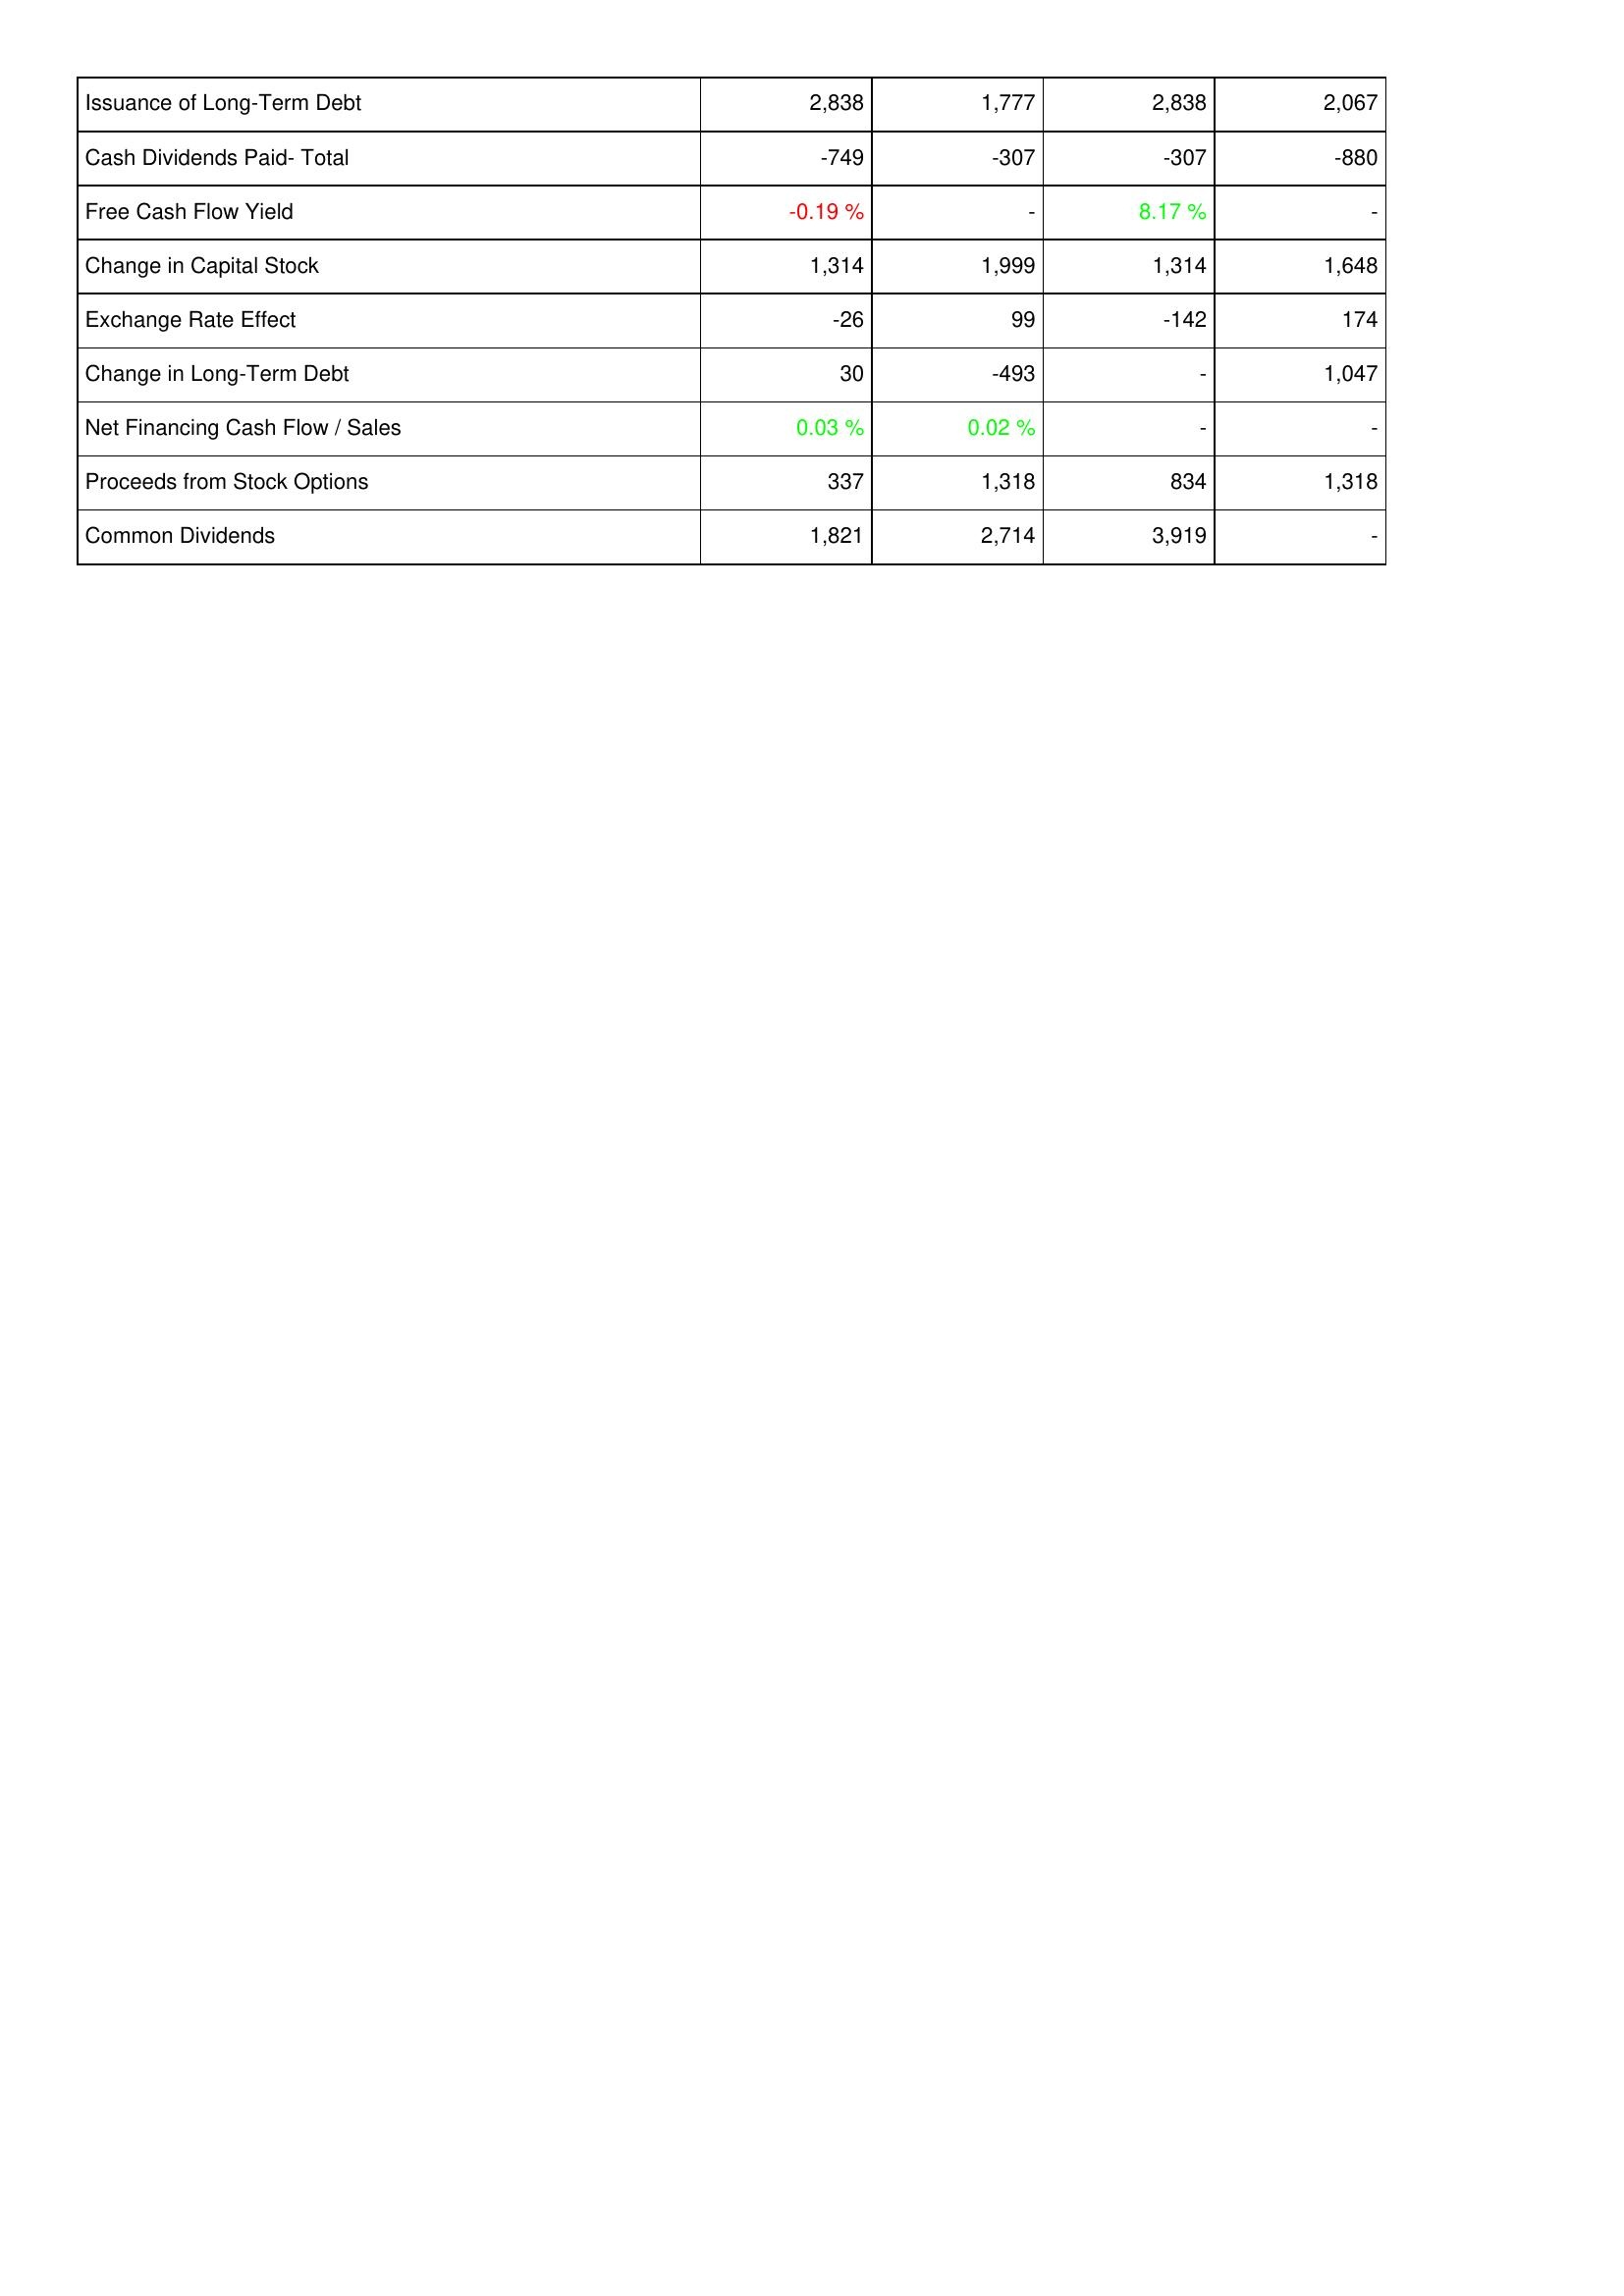
2006: Financing Activities: Issuance of Long-Term Debt: 2,838
Cash Dividends Paid- Total: -749
Free Cash Flow Yield: -0.19 %
Change in Capital Stock: 1,314
Exchange Rate Effect: -26
Change in Long-Term Debt: 30
Net Financing Cash Flow / Sales: 0.03 %
Proceeds from Stock Options: 337
Common Dividends: 1,821
2007: Financing Activities: Issuance of Long-Term Debt: 1,777
Cash Dividends Paid- Total: -307
Free Cash Flow Yield: -
Change in Capital Stock: 1,999
Exchange Rate Effect: 99
Change in Long-Term Debt: -493
Net Financing Cash Flow / Sales: 0.02 %
Proceeds from Stock Options: 1,318
Common Dividends: 2,714
2008: Financing Activities: Issuance of Long-Term Debt: 2,838
Cash Dividends Paid- Total: -307
Free Cash Flow Yield: 8.17 %
Change in Capital Stock: 1,314
Exchange Rate Effect: -142
Change in Long-Term Debt: -
Net Financing Cash Flow / Sales: -
Proceeds from Stock Options: 834
Common Dividends: 3,919
2009: Financing Activities: Issuance of Long-Term Debt: 2,067
Cash Dividends Paid- Total: -880
Free Cash Flow Yield: -
Change in Capital Stock: 1,648
Exchange Rate Effect: 174
Change in Long-Term Debt: 1,047
Net Financing Cash Flow / Sales: -
Proceeds from Stock Options: 1,318
Common Dividends: -